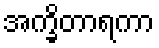
အက္ခိတာရကာ